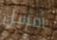
أفشل